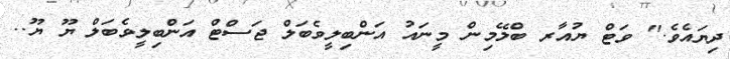
ދިޔައެވެ." ވަޓް ޔުއާރ ބްލޭމިން މީނައު އަންބިލީވެބަލް ޖަސްޓް އަންބިލީވެބަލް ޔޫ ޔޫ..